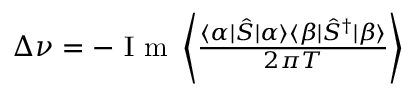
\begin{array} { r } { \Delta \nu = - \mathrm { ~ I ~ m ~ } \left\langle \frac { \langle \alpha | \hat { S } | \alpha \rangle \langle \beta | \hat { S } ^ { \dagger } | \beta \rangle } { 2 \pi T } \right\rangle } \end{array}